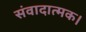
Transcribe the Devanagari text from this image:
संवादात्मक।